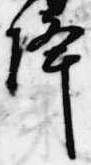
降